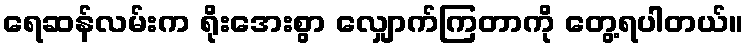
ရေဆန်လမ်းက ရိုးအေးစွာ လျှောက်ကြတာကို တွေ့ရပါတယ်။